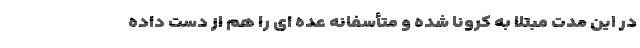
در این مدت مبتلا به کرونا شده و متأسفانه عده ای را هم از دست داده